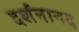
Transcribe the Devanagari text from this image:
दर्शनानद